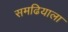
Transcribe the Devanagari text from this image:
समढियाला